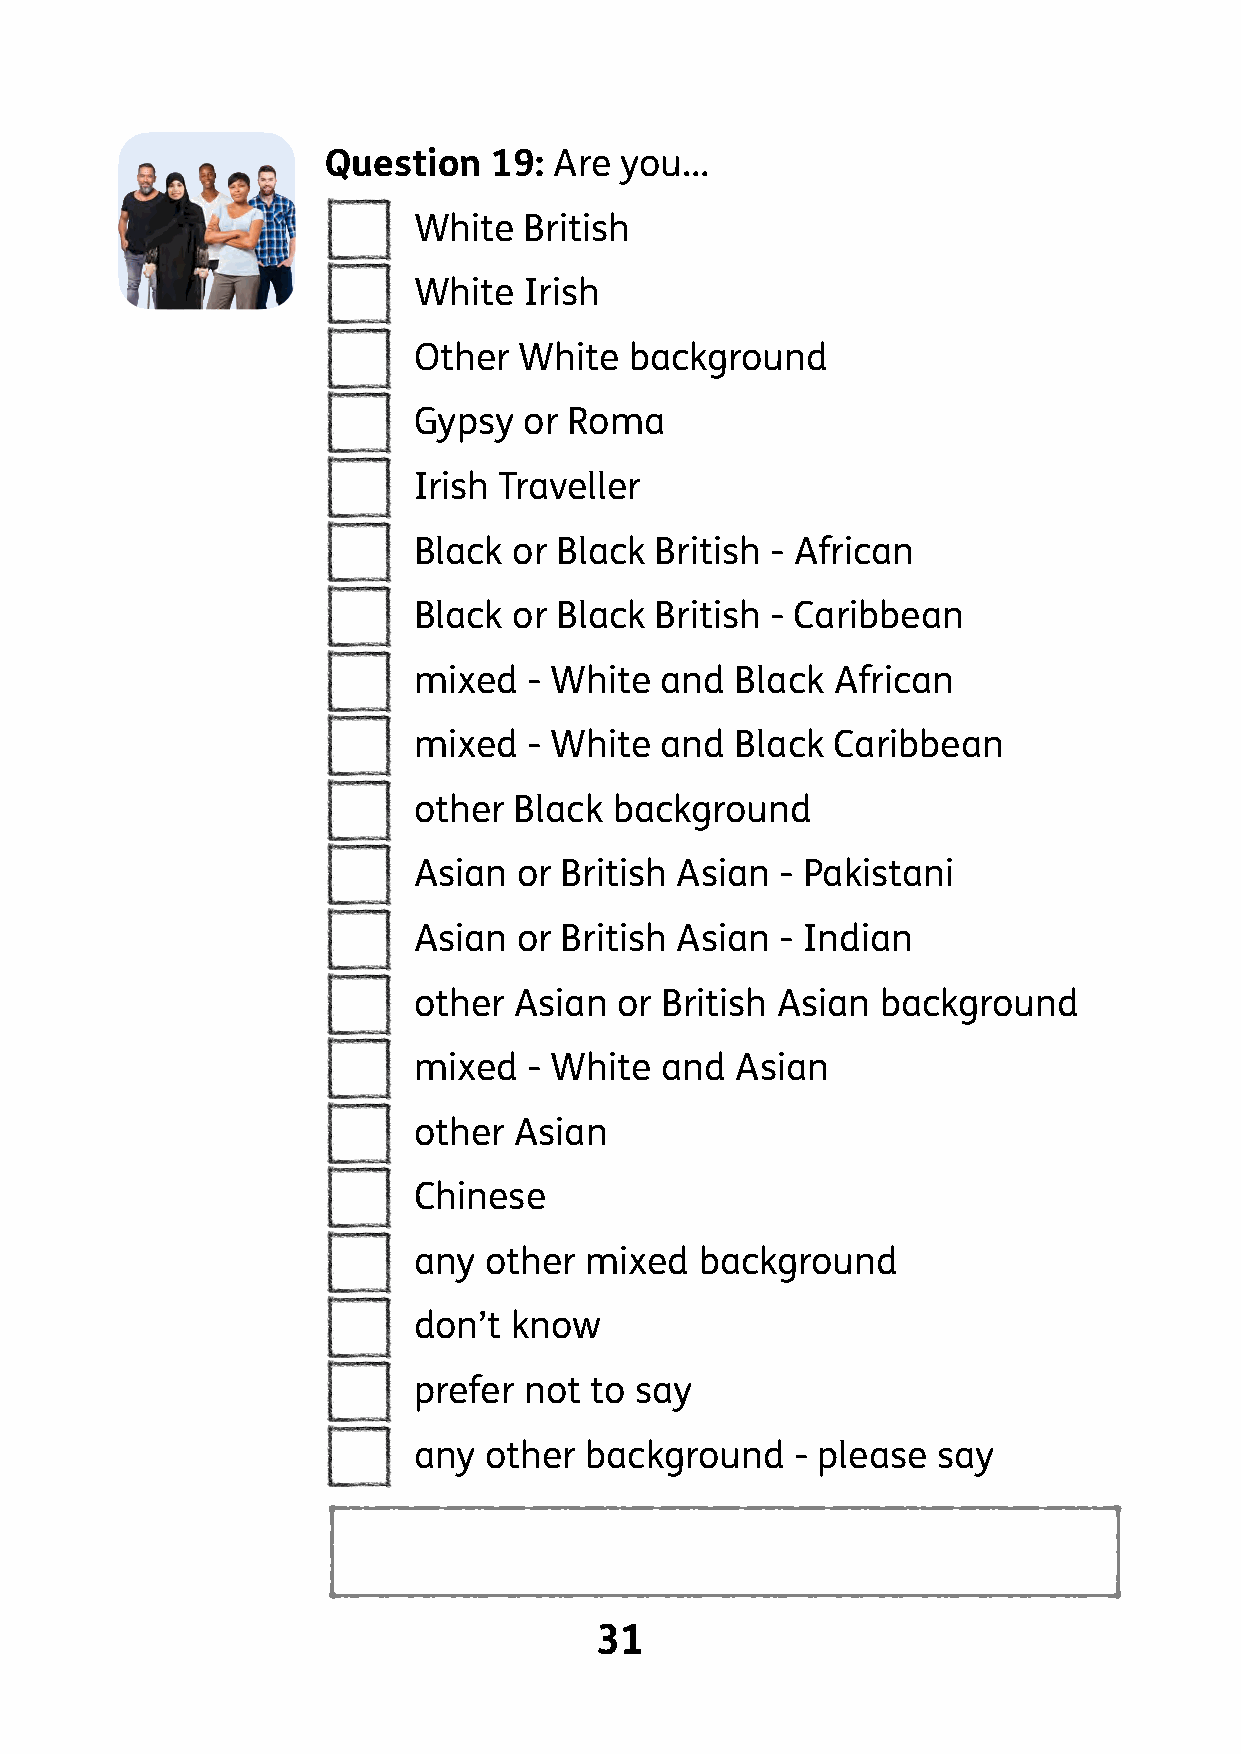
Question  19:  Are you…
 □    White   British
 □    White   Irish
 □    Other  White   background
 □    Gypsy   or Roma
 □    Irish Traveller
 □    Black  or Black British - African
 □    Black  or Black British - Caribbean
 □    mixed   - White  and  Black African
 □    mixed   - White  and  Black Caribbean
 □    other  Black  background
 □    Asian  or British Asian  - Pakistani
 □    Asian  or British Asian  - Indian
 □    other  Asian  or British Asian background
 □    mixed   - White  and  Asian
 □    other  Asian
 □    Chinese
 □    any  other  mixed  background
 □    don’t  know
 □    prefer  not to say
 □    any  other  background    - please say
 I                                                   I
 31